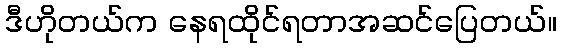
ဒီဟိုတယ်က နေရထိုင်ရတာအဆင်ပြေတယ်။